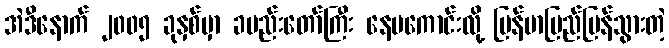
အဲဒီနောက် ၂၀၀၅ ခုနှစ်မှာ ခမည်းတော်ကြီး နေမကောင်းလို့ မြန်မာပြည်ပြန်သွားတဲ့